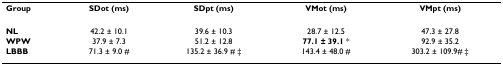
<table><thead><tr><td><b>Group</b></td><td><b>SDot (ms)</b></td><td><b>SDpt (ms)</b></td><td><b>VMot (ms)</b></td><td><b>VMpt (ms)</b></td></tr></thead><tbody><tr><td><b>NL</b></td><td>42.2 ± 10.1</td><td>39.6 ± 10.3</td><td>28.7 ± 12.5</td><td>47.3 ± 27.8</td></tr><tr><td><b>WPW</b></td><td>37.9 ± 7.3</td><td>51.2 ± 12.8</td><td><b>77.1 ± 39.1 </b>*</td><td>92.9 ± 35.2</td></tr><tr><td><b>LBBB</b></td><td>71.3 ± 9.0 #</td><td>135.2 ± 36.9 # ‡</td><td>143.4 ± 48.0 #</td><td>303.2 ± 109.9# ‡</td></tr></tbody></table>